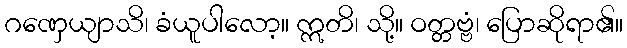
ဂဏှေယျာသိ၊ ခံယူပါလော့။ ဣတိ၊ သို့။ ဝတ္တဗ္ဗံ၊ ပြောဆိုရာ၏။